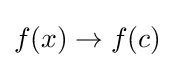
f(x)\rightarrow f(c)